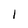
Character: 1